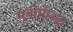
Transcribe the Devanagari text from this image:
मूर्तीचीसह